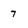
Character: 7